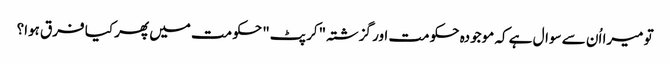
تو میرا اُن سے سوال ہے کہ موجودہ حکومت اور گزشتہ "کرپٹ" حکومت میں پھر کیا فرق ہوا؟